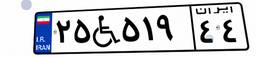
۲۵W۵۱۹۴۴